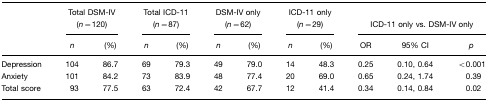
|  | <COLSPAN=2> Total DSM-IV (n=120) | <COLSPAN=2> Total ICD-11 (n=87) | <COLSPAN=2> DSM-IV only (n=62) | <COLSPAN=2> ICD-11 only (n=29) | <COLSPAN=3> ICD-11 only vs. DSM-IV only |
 |  | n | (%) | n | (%) | n | (%) | n | (%) | OR | 95% CI | p |
 | --- | --- | --- | --- | --- | --- | --- | --- | --- | --- | --- | --- |
 | Depression | 104 | 86.7 | 69 | 79.3 | 49 | 79.0 | 14 | 48.3 | 0.25 | 0.10, 0.64 | <0.001 |
 | Anxiety | 101 | 84.2 | 73 | 83.9 | 48 | 77.4 | 20 | 69.0 | 0.65 | 0.24, 1.74 | 0.39 |
 | Total score | 93 | 77.5 | 63 | 72.4 | 42 | 67.7 | 12 | 41.4 | 0.34 | 0.14, 0.84 | 0.02 |